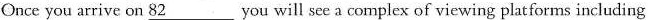
Once you arrive on \underline{82} you will see a complex of viewing platforms including